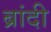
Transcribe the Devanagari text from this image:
ब्रांदी